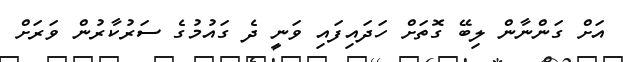
އަށް ގަންނާން ލިބޭ ގޮތަށް ހަދައިފައި ވަނީ ދެ ގައުމުގެ ސަރުކާރުން ވަރަށް